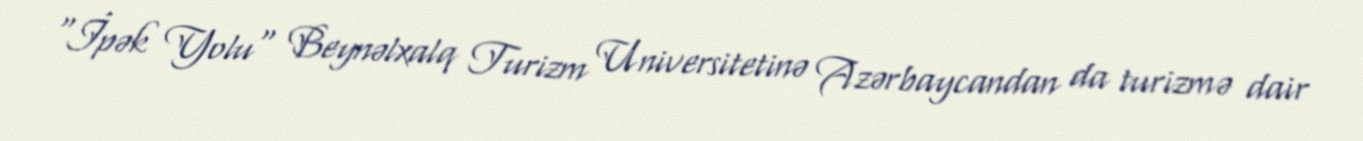
"İpək Yolu" Beynəlxalq Turizm Universitetinə Azərbaycandan da turizmə dair